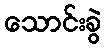
သောင်းခွဲ